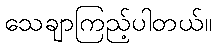
သေချာကြည့်ပါတယ်။